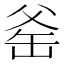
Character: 𪺛